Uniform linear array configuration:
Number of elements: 24
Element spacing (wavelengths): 0.5
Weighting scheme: hamming
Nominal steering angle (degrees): -60
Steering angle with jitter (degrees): -61.209
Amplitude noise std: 0.05
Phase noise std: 0.05

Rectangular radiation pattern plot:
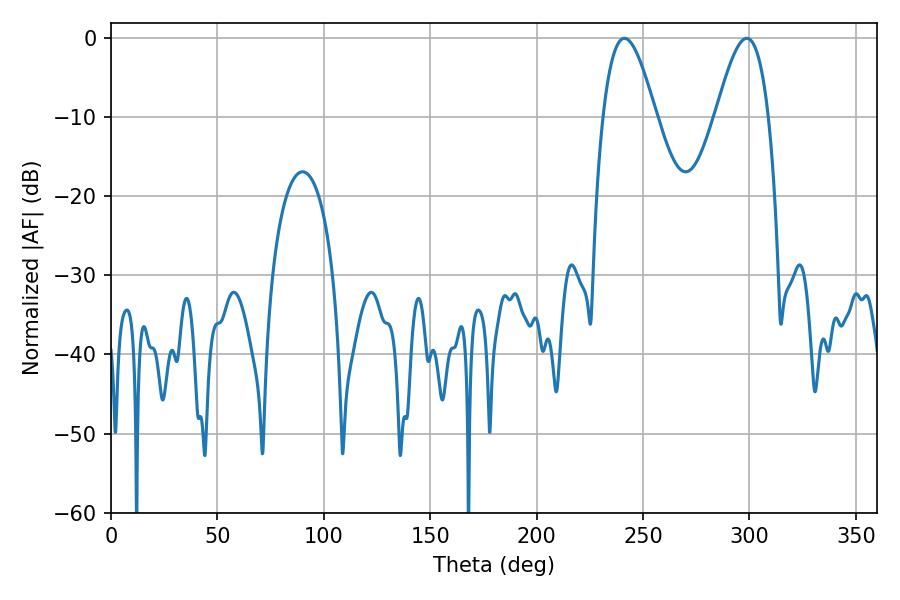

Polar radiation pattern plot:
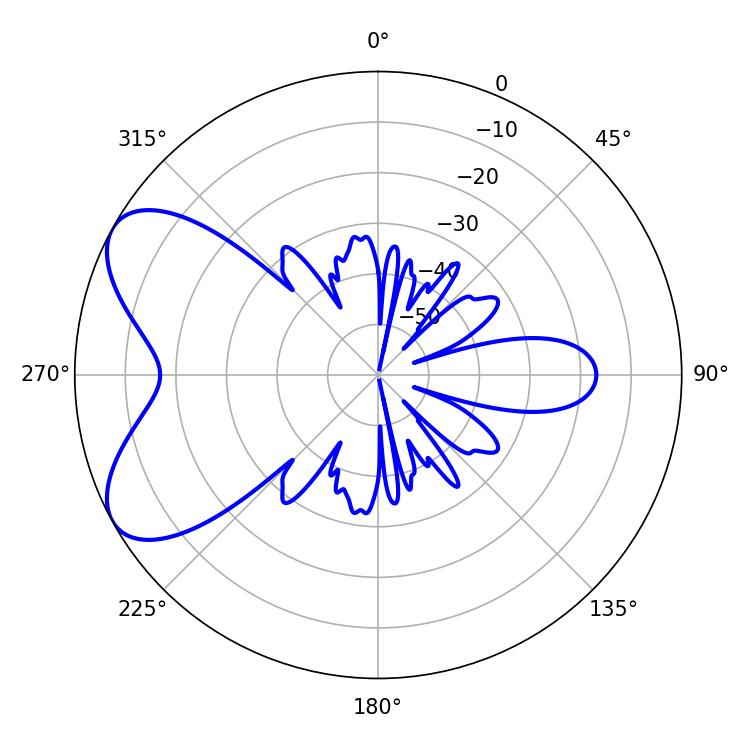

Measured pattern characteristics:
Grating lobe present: FALSE
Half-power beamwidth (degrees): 13.5
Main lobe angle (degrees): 241.2